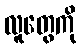
လူတွေကို